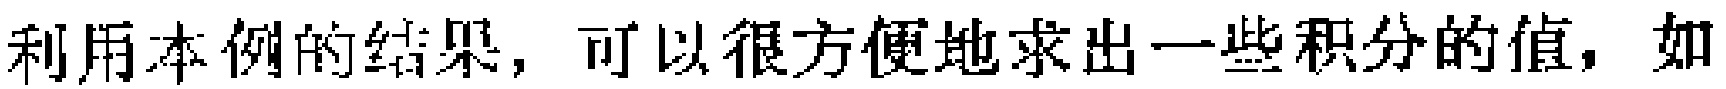
利用本例的结果，可以很方便地求出一些积分的值，如